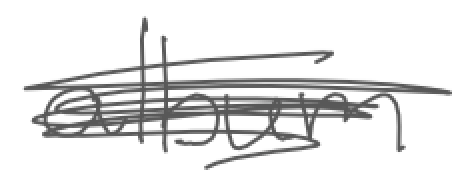
Text: album
Cross-out: scratch
Writing tool: digital_gray